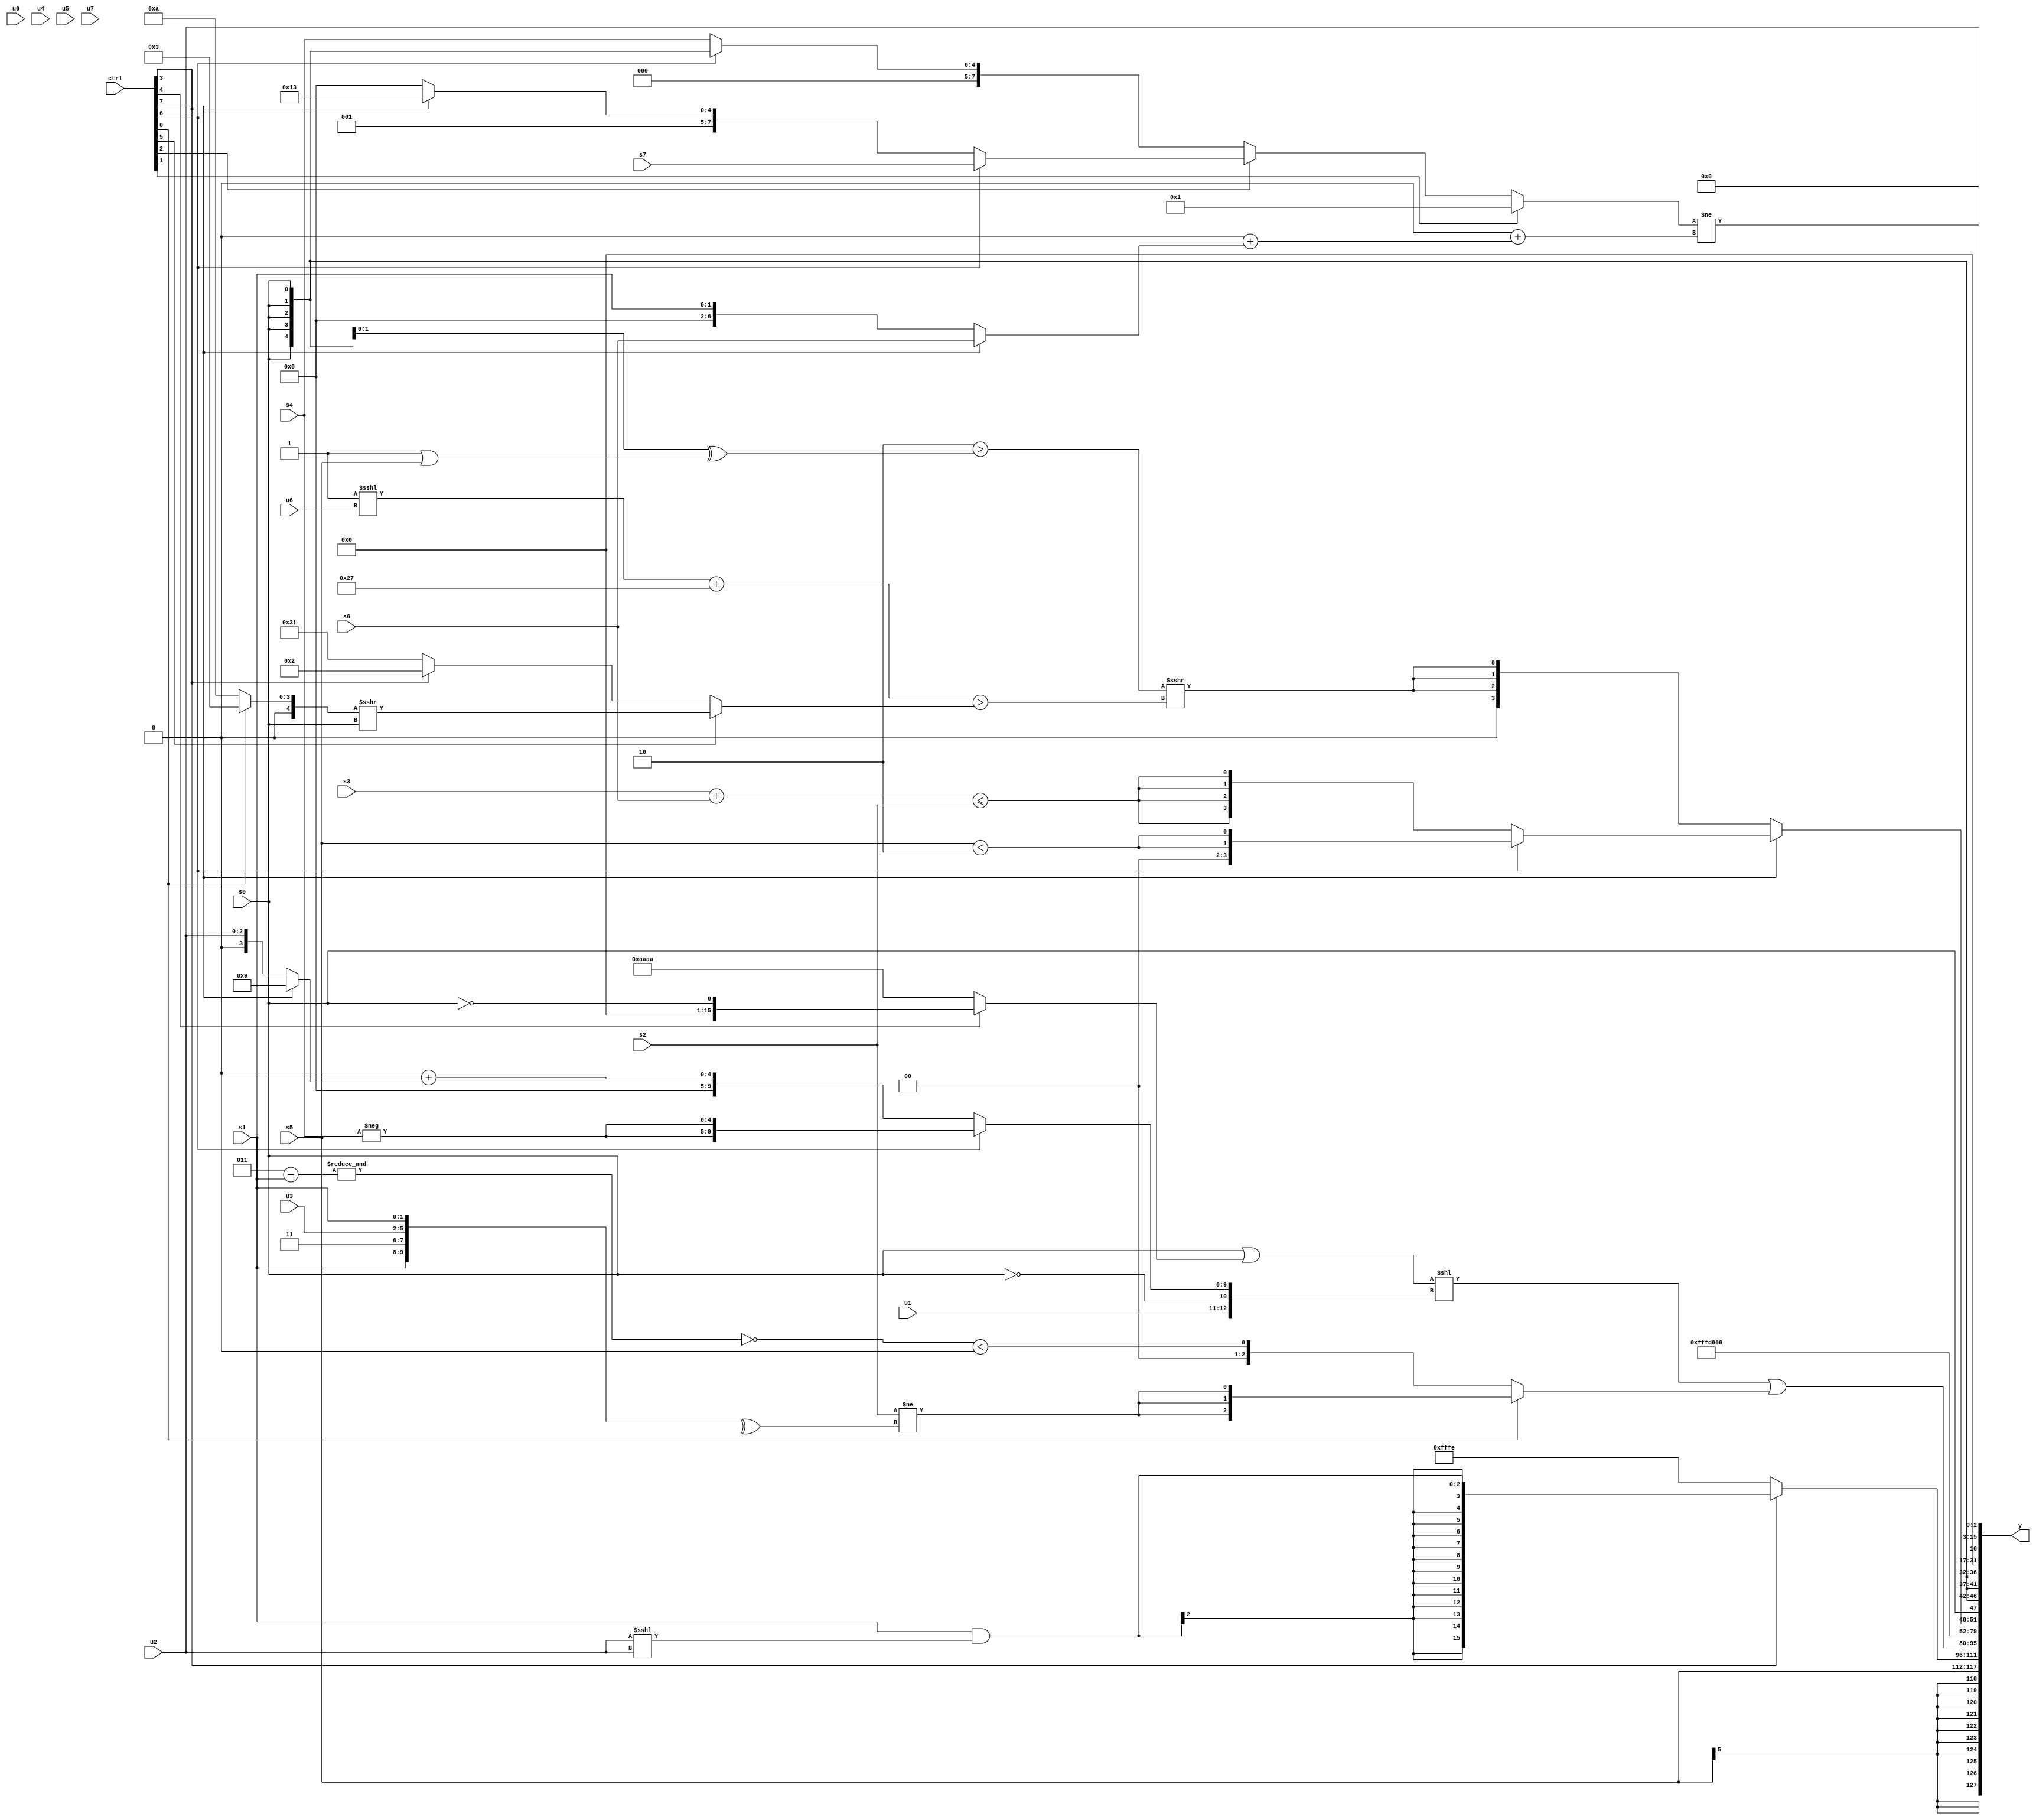
module wideexpr_00704(ctrl, u0, u1, u2, u3, u4, u5, u6, u7, s0, s1, s2, s3, s4, s5, s6, s7, y);
  input [7:0] ctrl;
  input [0:0] u0;
  input [1:0] u1;
  input [2:0] u2;
  input [3:0] u3;
  input [4:0] u4;
  input [5:0] u5;
  input [6:0] u6;
  input [7:0] u7;
  input signed [0:0] s0;
  input signed [1:0] s1;
  input signed [2:0] s2;
  input signed [3:0] s3;
  input signed [4:0] s4;
  input signed [5:0] s5;
  input signed [6:0] s6;
  input signed [7:0] s7;
  output [127:0] y;
  wire [15:0] y0;
  wire [15:0] y1;
  wire [15:0] y2;
  wire [15:0] y3;
  wire [15:0] y4;
  wire [15:0] y5;
  wire [15:0] y6;
  wire [15:0] y7;
  assign y = {y0,y1,y2,y3,y4,y5,y6,y7};
  assign y0 = s5;
  assign y1 = (ctrl[3]?(s1)&(+($signed($signed((u2)<<<(u2))))):2'sb10);
  assign y2 = (((^($signed(s0)))|((ctrl[4]?~&($unsigned(s0)):(ctrl[4]?(u4)>(s5):{4{4'sb1010}}))))<<({u1,~^(s0),(ctrl[6]?{2{-(s4)}}:((2'sb01)>>(5'sb00011))+((ctrl[7]?4'sb1001:u2)))}))|((ctrl[0]?{3{(s2)!=(^({s1,2'b11,u3,s1}))}}:(+(~&((4'sb0011)-(s1))))<(($signed(s2))<<($signed((3'sb111)^(2'sb01))))));
  assign y3 = ~({3'sb010});
  assign y4 = (ctrl[7]?(ctrl[6]?{2{-($signed((+(s5))<(3'sb110)))}}:{4{-(($signed((s3)+(s6)))<=($signed({1{s2}})))}}):{3{(($signed($unsigned($signed(2'sb10))))>(({2{+(s0)}})^($signed((3'sb111)|(s5)))))>>>((((+(2'sb11))<<<(u6))+(6'sb100111))>((ctrl[5]?((ctrl[0]?4'sb0011:5'sb01010))>>>({s0}):(ctrl[3]?(4'sb0101)>>>(1'sb1):(3'sb101)|(4'sb1110)))))}});
  assign y5 = s0;
  assign y6 = (+((ctrl[1]?$signed(^((2'sb10)+(1'sb1))):(ctrl[2]?(ctrl[6]?s7:(ctrl[3]?6'sb110011:6'sb100000)):$signed((ctrl[6]?s0:s4))))))!=((+(((5'sb11011)>(5'sb10100))&(({4{1'sb0}})&($unsigned(4'b1110)))))+($signed($signed((+(3'b000))+((ctrl[7]?s6:s1))))));
  assign y7 = u2;
endmodule